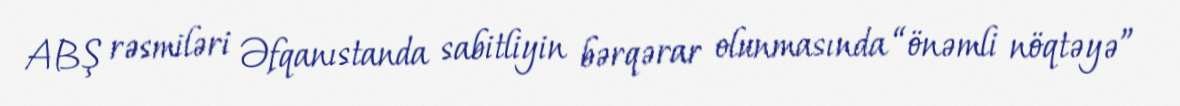
ABŞ rəsmiləri Əfqanıstanda sabitliyin bərqərar olunmasında “önəmli nöqtəyə”